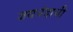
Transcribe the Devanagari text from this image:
जयचंदाची